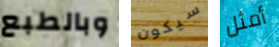
وبالطبع سيكون أمثل